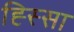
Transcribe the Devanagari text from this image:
ह्स्सिा